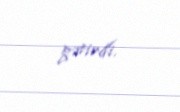
gətirdi.